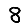
Digit: 8